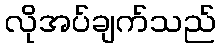
လိုအပ်ချက်သည်